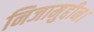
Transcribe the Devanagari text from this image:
निजामुद्दीन।